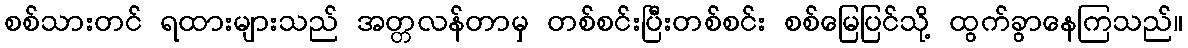
စစ်သားတင် ရထားများသည် အတ္တလန်တာမှ တစ်စင်းပြီးတစ်စင်း စစ်မြေပြင်သို့ ထွက်ခွာနေကြသည်။